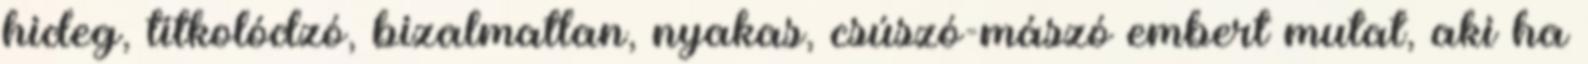
hideg, titkolódzó, bizalmatlan, nyakas, csúszó-mászó embert mutat, aki ha